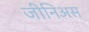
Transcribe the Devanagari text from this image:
जीनिअस